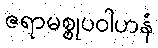
ဇရာမစ္စုပဝါဟနံ